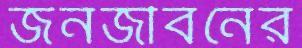
জনজীবনের